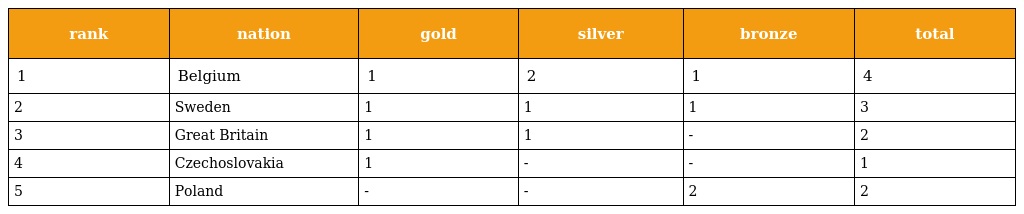
| rank | nation | gold | silver | bronze | total |
 | --- | --- | --- | --- | --- | --- |
 | 1 | Belgium | 1 | 2 | 1 | 4 |
 | 2 | Sweden | 1 | 1 | 1 | 3 |
 | 3 | Great Britain | 1 | 1 | - | 2 |
 | 4 | Czechoslovakia | 1 | - | - | 1 |
 | 5 | Poland | - | - | 2 | 2 |